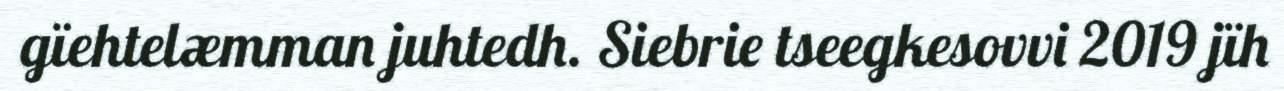
gïehtelæmman juhtedh. Siebrie tseegkesovvi 2019 jïh